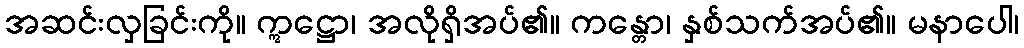
အဆင်းလှခြင်းကို။ ဣဋ္ဌော၊ အလိုရှိအပ်၏။ ကန္တော၊ နှစ်သက်အပ်၏။ မနာပေါ၊